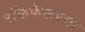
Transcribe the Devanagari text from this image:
रॉकफेलरचा